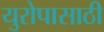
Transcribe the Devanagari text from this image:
युरोपासाठी